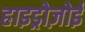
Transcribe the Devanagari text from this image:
हाइड्रोज़ोई